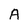
Character: A